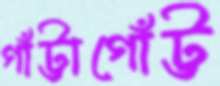
গাঁট্টাগোঁট্ট